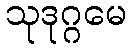
သုဒုဂ္ဂမေ